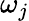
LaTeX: \omega_{j}